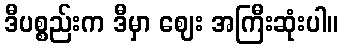
ဒီပစ္စည်းက ဒီမှာ ဈေး အကြီးဆုံးပါ။